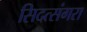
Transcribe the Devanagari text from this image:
सिदत्संगरा